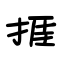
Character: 捱